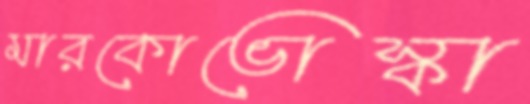
মারকোভোস্কা